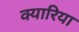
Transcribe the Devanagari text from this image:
क्यारिया